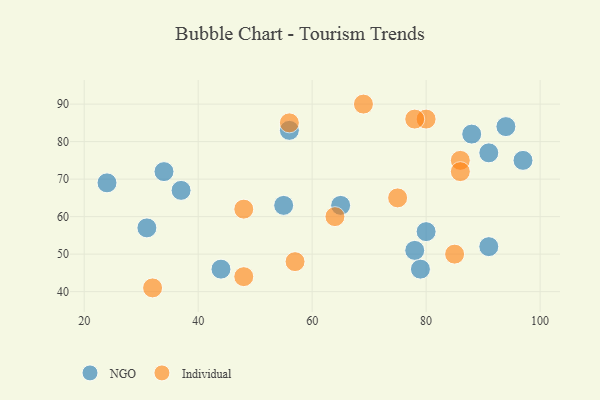
{"axis": {"x": "GDP", "y": "Life Expectancy"}, "legend": ["Individual", "NGO"], "data": [{"x": "34", "y": 72, "type": "NGO"}, {"x": "97", "y": 75, "type": "NGO"}, {"x": "80", "y": 56, "type": "NGO"}, {"x": "24", "y": 69, "type": "NGO"}, {"x": "65", "y": 63, "type": "NGO"}, {"x": "94", "y": 84, "type": "NGO"}, {"x": "55", "y": 63, "type": "NGO"}, {"x": "79", "y": 46, "type": "NGO"}, {"x": "31", "y": 57, "type": "NGO"}, {"x": "88", "y": 82, "type": "NGO"}, {"x": "56", "y": 83, "type": "NGO"}, {"x": "78", "y": 51, "type": "NGO"}, {"x": "91", "y": 52, "type": "NGO"}, {"x": "91", "y": 77, "type": "NGO"}, {"x": "37", "y": 67, "type": "NGO"}, {"x": "44", "y": 46, "type": "NGO"}, {"x": "75", "y": 65, "type": "Individual"}, {"x": "69", "y": 90, "type": "Individual"}, {"x": "86", "y": 75, "type": "Individual"}, {"x": "56", "y": 85, "type": "Individual"}, {"x": "85", "y": 50, "type": "Individual"}, {"x": "86", "y": 72, "type": "Individual"}, {"x": "48", "y": 44, "type": "Individual"}, {"x": "48", "y": 62, "type": "Individual"}, {"x": "80", "y": 86, "type": "Individual"}, {"x": "78", "y": 86, "type": "Individual"}, {"x": "57", "y": 48, "type": "Individual"}, {"x": "64", "y": 60, "type": "Individual"}, {"x": "32", "y": 41, "type": "Individual"}]}